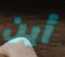
أين